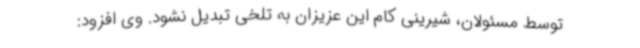
توسط مسئولان، شیرینی کام این عزیزان به تلخی تبدیل نشود. وی افزود: